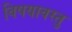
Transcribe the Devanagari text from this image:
विषयावस्तु